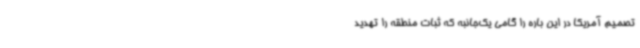
تصمیم آمریکا در این باره را گامی یک‌جانبه که ثبات منطقه را تهدید